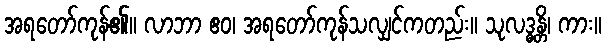
အရတော်ကုန်၏။ လာဘာ ဧဝ၊ အရတော်ကုန်သလျှင်ကတည်း။ သုလဒ္ဓန္တိ၊ ကား။